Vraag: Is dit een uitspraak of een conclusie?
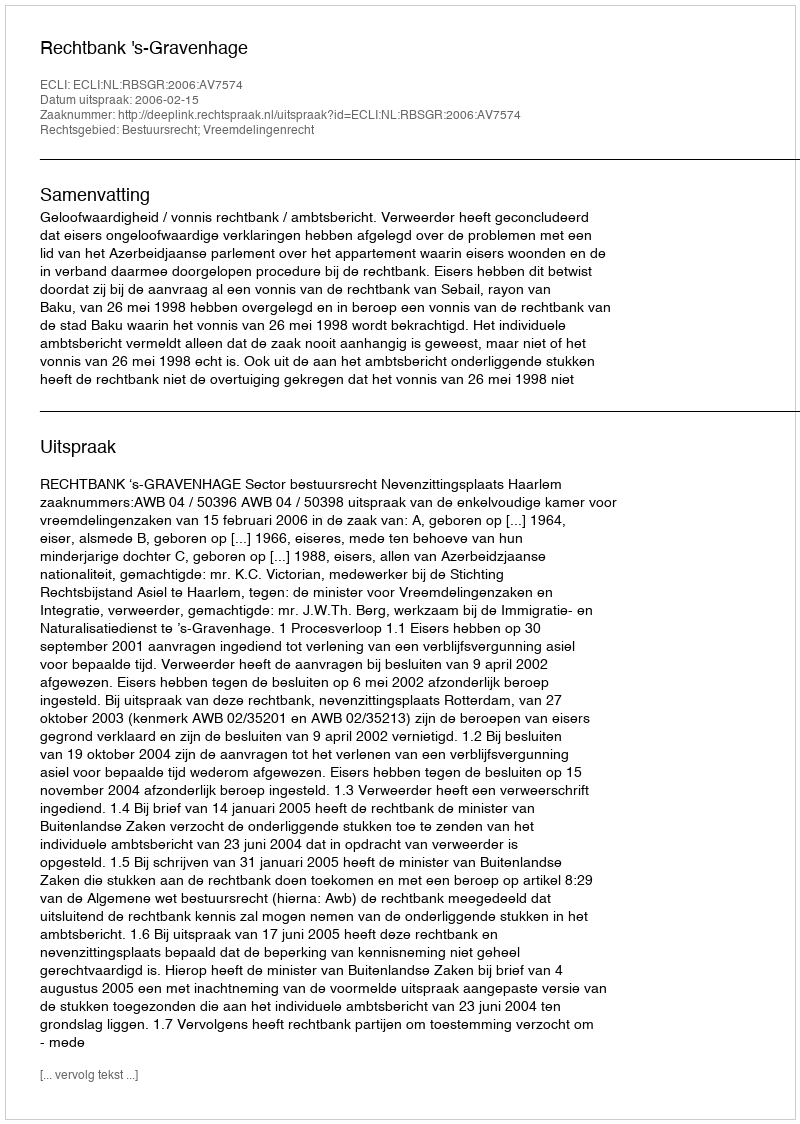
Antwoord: Uitspraak